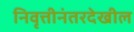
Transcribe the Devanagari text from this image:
निवृत्तीनंतरदेखील